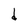
Character: d